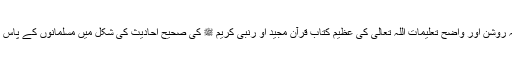
اسلام کی یہ روشن اور واضح تعلیمات اللہ تعالیٰ کی عظیم کتاب قرآن مجید او رنبی کریم ﷺ کی صحیح احادیث کی شکل میں مسلمانوں کے پاس محفوظ ہیں۔